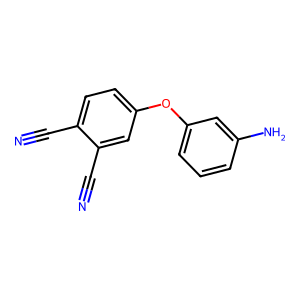
SMILES: N#Cc1ccc(Oc2cccc(N)c2)cc1C#N
Inhibits HIV replication: No